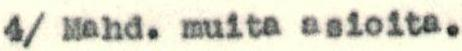
4/Mahd.muitasioita.